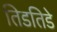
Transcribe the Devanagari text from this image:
तिडतिडे